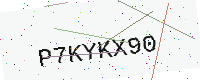
Text: P7KYKX90